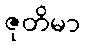
ဇုတိမာ